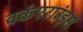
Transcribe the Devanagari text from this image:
वर्कएराउंड्स